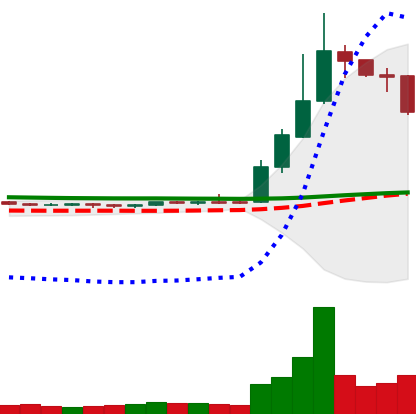
Ticker: DOGE-USD
Chart end date: 2019-04-08
Forward return: -5.681%
Label: down_5_7